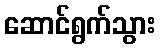
ဆောင်ရွက်သွား